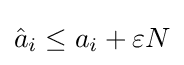
{\hat {a}}_{i}\leq a_{i}+\varepsilon N